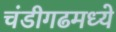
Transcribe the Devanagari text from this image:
चंडीगढमध्ये